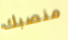
منصبك